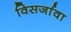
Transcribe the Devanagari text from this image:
विसर्जावा